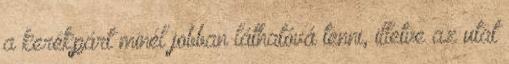
a kerékpárt minél jobban láthatóvá tenni, illetve az utat